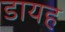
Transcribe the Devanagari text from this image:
डायह